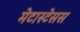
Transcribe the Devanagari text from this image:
मेटास्टेसस